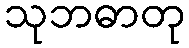
သုဘဓာတု